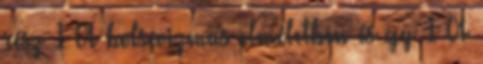
rész 1 A bolsevizmus elméletben és gy 1 A